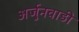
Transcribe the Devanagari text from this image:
अर्जुनवाडी